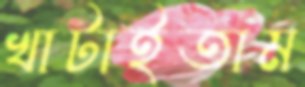
খাটাইতাম